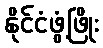
နိုင်ငံဖွံ့ဖြိုး